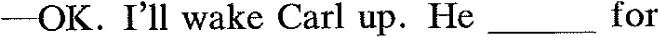
—OK.I^{\prime}ll wake Carl up.He ___ for